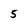
Character: 5